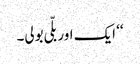
‘‘ ایک اور بلّی بولی۔